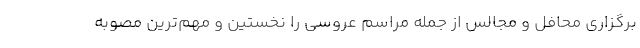
برگزاری محافل و مجالس از جمله مراسم عروسی را نخستین و مهم‌ترین مصوبه